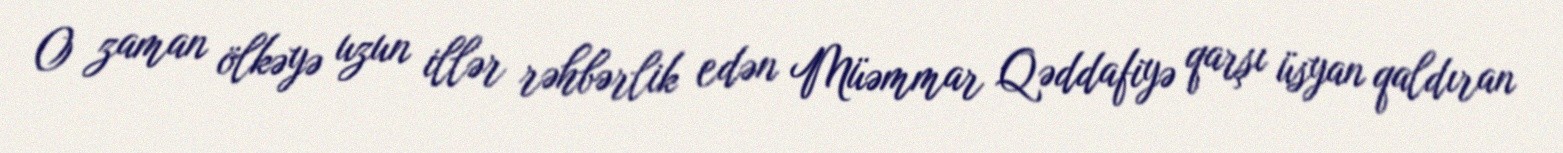
O zaman ölkəyə uzun illər rəhbərlik edən Müəmmar Qəddafiyə qarşı üsyan qaldıran